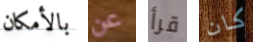
بالأمكان عن قرأ كان